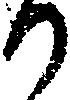
か